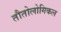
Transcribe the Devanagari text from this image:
तौतोलोगिकल